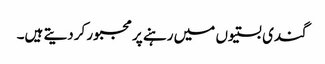
گندی بستیوں میں رہنے پر مجبور کردیتے ہیں۔